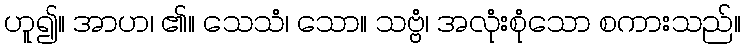
ဟူ၍။ အာဟ၊ ၏။ သေသံ၊ သော။ သဗ္ဗံ၊ အလုံးစုံသော စကားသည်။